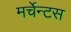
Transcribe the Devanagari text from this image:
मर्चेन्टस